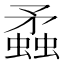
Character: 蟊